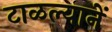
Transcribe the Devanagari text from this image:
टाळल्यानें